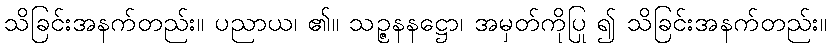
သိခြင်းအနက်တည်း။ ပညာယ၊ ၏။ သဉ္ဇနနဋ္ဌော၊ အမှတ်ကိုပြု ၍ သိခြင်းအနက်တည်း။